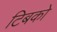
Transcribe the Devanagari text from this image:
टिबको